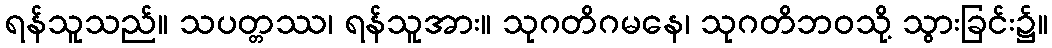
ရန်သူသည်။ သပတ္တဿ၊ ရန်သူအား။ သုဂတိဂမနေ၊ သုဂတိဘဝသို့ သွားခြင်း၌။